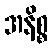
အနိစ္စ